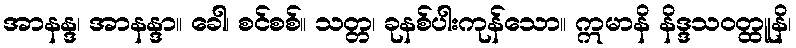
အာနန္ဒ၊ အာနန္ဒာ။ ခေါ၊ စင်စစ်။ သတ္တ၊ ခုနစ်ပါးကုန်သော။ ဣမာနိ နိဒ္ဒသဝတ္ထူနိ၊